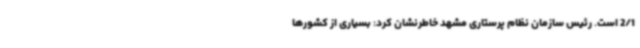
2/1 است. رئیس سازمان نظام پرستاری مشهد خاطرنشان کرد: بسیاری از کشورها